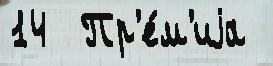
14  Пр'е́м'иjа